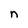
Character: n